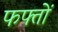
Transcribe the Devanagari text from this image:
फफ्तों